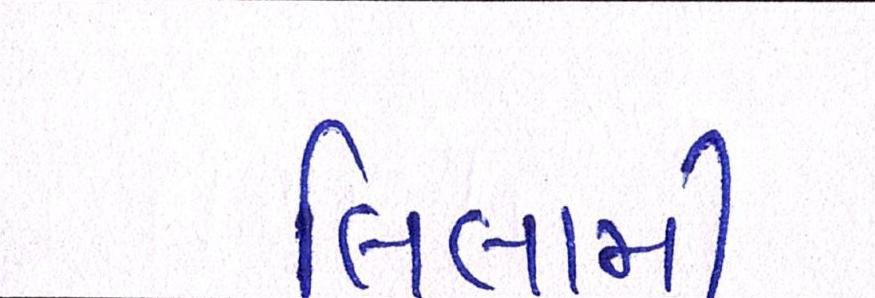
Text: લિલામી